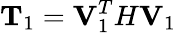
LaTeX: \mathbf{T}_{1}=\mathbf{V}_{1}^{T}H\mathbf{V}_{1}